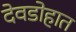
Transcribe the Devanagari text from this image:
देवडोहात